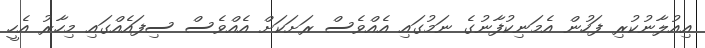
އިއުލާނުކުރި ފަހުން އެމަނިކުފާނުގެ ނަމުގައި އެއްވެސް ރަށަކަށް އެއްވެސް ސިފައެއްގައި މިހާރު އެހީ